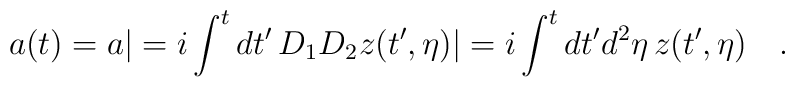
a(t) = a| = i \int^t dt'\, D_1D_2 z(t',\eta) |= i\int^t dt'd^2\eta \, z(t',\eta) \quad .